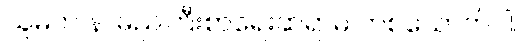
သူမက နာမည်ကြီးစာရေးဆရာမ တစ်ယောက်ပါ။